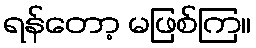
ရန်တော့ မဖြစ်ကြ။